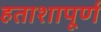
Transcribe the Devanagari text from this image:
हताशापूर्ण